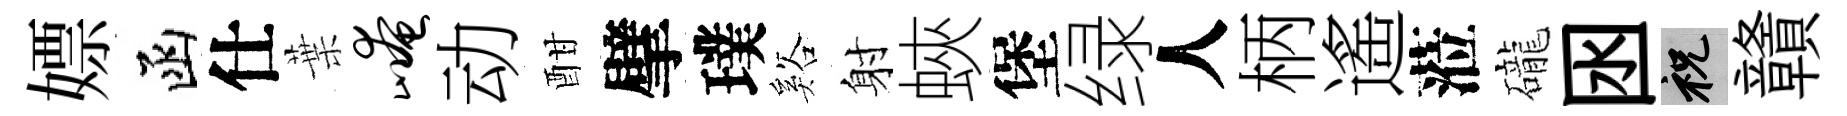
嫖函仕葉崦动酣擘璞谿射蛺堡绿人柄遙蒞礲囦祝贛